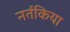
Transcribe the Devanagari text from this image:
नर्तकिया